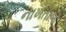
નાખતાજ